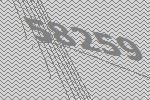
58259